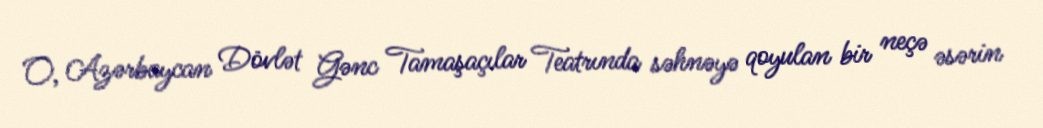
O, Azərbaycan Dövlət Gənc Tamaşaçılar Teatrında səhnəyə qoyulan bir neçə əsərin